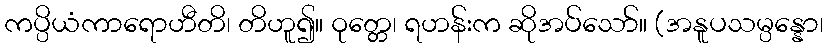
ကပ္ပိယံကာရောဟီတိ၊ တိဟူ၍။ ဝုတ္တေ၊ ရဟန်းက ဆိုအပ်သော်။ (အနူပသမ္ပန္နော၊